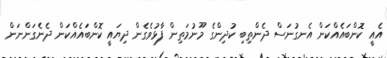
އެއީ ކޮންބައެއްކަން އެނގުނަސް ދެންތިބި ކުދިންގެ މޫނުމަތިން ފާޅުވެގެން ދިޔައީ ކޮންބައެއްކަން ދެނެގަންނަން